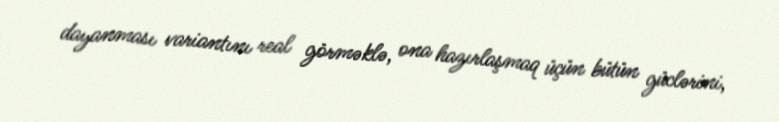
dayanması variantını real görməklə, ona hazırlaşmaq üçün bütün güclərini,